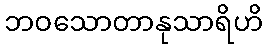
ဘဝသောတာနုသာရိဟိ